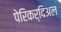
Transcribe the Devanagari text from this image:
पेरिकर्दिअल